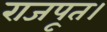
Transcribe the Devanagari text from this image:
राजपूत।